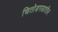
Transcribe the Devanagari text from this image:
चितोडगडातील